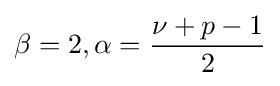
\beta =2,\alpha ={\frac {\nu +p-1}{2}}